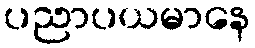
ပညာပယမာနေ